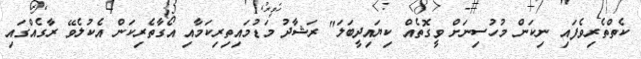
ކެތްތެރިވެފައި ނިކަން މުހުސިނަށް ވީގޮތެއް ކިޔައިދީބަލަ" ރަޝާދު މަޑުމައިތިރިކަމާއި އޯގާތެރިކަން އެކުލެވޭ ރާގެއްގައި